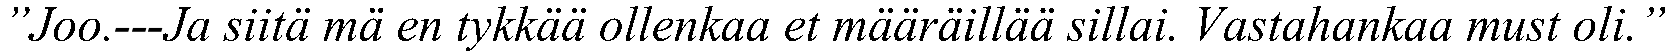
”Joo.---Ja siitä mä en tykkää ollenkaa et määräillää sillai. Vastahankaa must oli.”